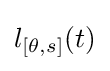
{l}_{[\theta ,s]}(t)